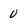
Character: 0